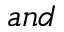
a n d